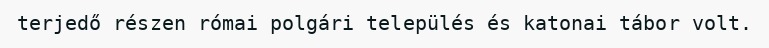
terjedő részen római polgári település és katonai tábor volt.